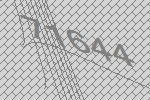
71644